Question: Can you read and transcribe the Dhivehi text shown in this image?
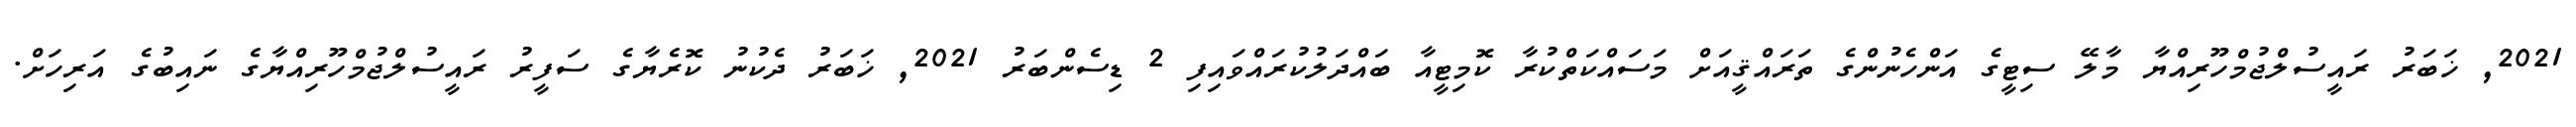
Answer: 2021, ޚަބަރު ރައީސުލްޖުމްހޫރިއްޔާ މާލޭ ސިޓީގެ އަންހެނުންގެ ތަރައްޤީއަށް މަސައްކަތްކުރާ ކޮމިޓީއާ ބައްދަލުކުރައްވައިފި 2 ޑިސެންބަރު 2021, ޚަބަރު ދެކުނު ކޮރެޔާގެ ސަފީރު ރައީސުލްޖުމްހޫރިއްޔާގެ ނައިބުގެ އަރިހަށް.